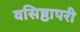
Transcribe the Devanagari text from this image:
वसिष्ठापरी